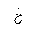
Letter: _kha